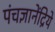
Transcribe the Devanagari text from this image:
पंचज्ञानेंद्रिये